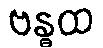
ဗန္ဓထ